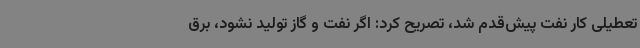
تعطیلی کار نفت پیش‌قدم شد، تصریح کرد: اگر نفت و گاز تولید نشود، برق